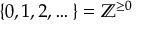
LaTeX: \{ 0 , 1 , 2 , \dots \} = \mathbb { Z } ^ { \geq 0 }